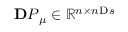
\ensuremath { \mathbf Ḋ P Ḍ } _ { \ensuremath Ḋ \boldsymbol Ḋ \mu Ḍ Ḍ } \in \mathbb { R } ^ { n \times n _ { Ḋ } \mathrm Ḋ s Ḍ Ḍ }